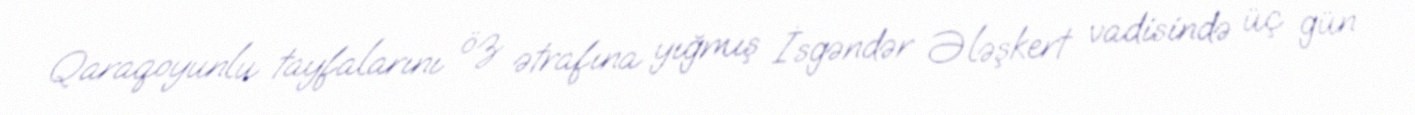
Qaraqoyunlu tayfalarını öz ətrafına yığmış İsgəndər Ələşkert vadisində üç gün